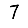
Digit: 7